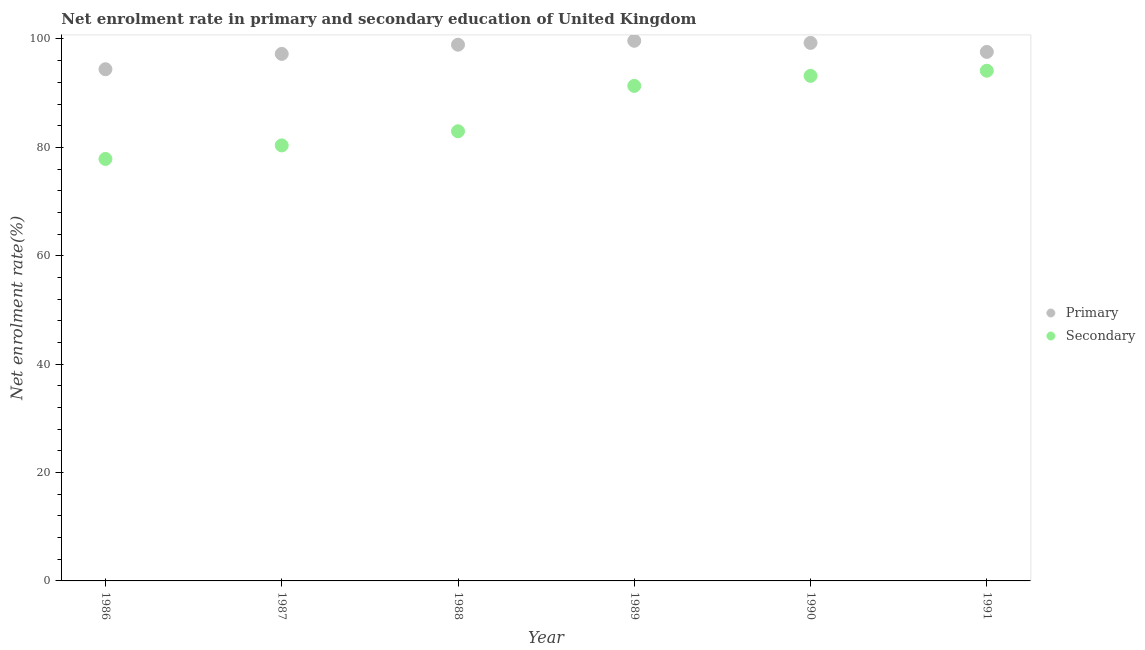
| Year | Primary | Secondary |
 | --- | --- | --- |
 | 1986 | 94.4 | 77.9 |
 | 1987 | 97.2 | 80.4 |
 | 1988 | 98.9 | 83 |
 | 1989 | 99.7 | 91.3 |
 | 1990 | 99.3 | 93.2 |
 | 1991 | 97.6 | 94.1 |